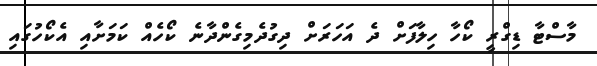
މާސްޓާ ޑިގްރީ ކޯހާ ހިލާފަށް ދެ އަހަރަށް ދިގުދެމިގެންދާނެ ކޯހެއް ކަމަށާއި އެކޯހުގައި